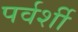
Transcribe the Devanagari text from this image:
पर्वर्शी